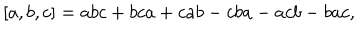
\left[ a , b , c \right] = a b c + b c a + c a b - c b a - a c b - b a c ,